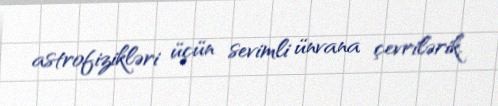
astrofizikləri üçün sevimli ünvana çevrilərik.